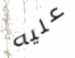
عليه